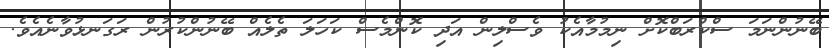
ބޭނުންނަމަ ސްކްރަބްކޮށް ނިމުމާއެކު ވެސްލިން އަދި ކޮންމެސް ކަހަލަ ތެލެއް ބޭނުންކުރުން ރަގަނޅުވާނެއެވެ.